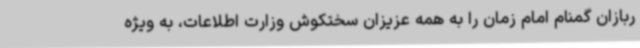
ربازان گمنام امام زمان را به همه عزیزان سختکوش وزارت اطلاعات، به ویژه